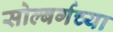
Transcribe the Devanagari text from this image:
सोल्बर्गच्या